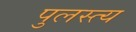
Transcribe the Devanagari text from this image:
पुलस्‍त्‍य